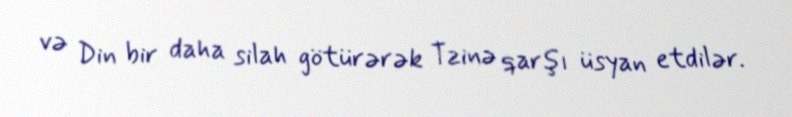
və Din bir daha silah götürərək Tzinə qarşı üsyan etdilər.